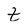
Character: t